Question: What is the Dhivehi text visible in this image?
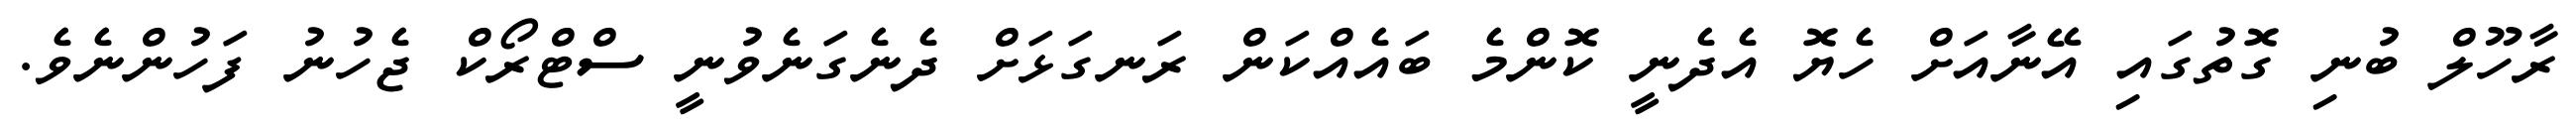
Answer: ރާހޫލް ބުނި ގޮތުގައި އޭނާއަށް ހެޔޮ އެދެނީ ކޮންމެ ބައެއްކަން ރަނގަޅަށް ދެނެގަނެވުނީ ސްޓްރޯކް ޖެހުނު ފަހުންނެވެ.